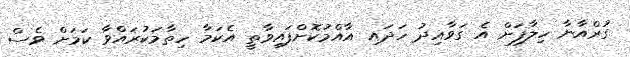
ގުރްއާނާ ހިލާފަށް އެ ގަވާއިދު ހަދައި އާއްމުކޮށްފައިވާތީ އެކަމާ ހިތާމަކުރައްވާ ކަމަށް ވެސް